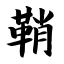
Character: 鞘